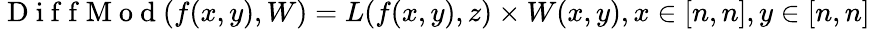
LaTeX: \mathrm{~D~i~f~f~M~o~d~}(f(x,y),W)=L(f(x,y),z)\times W(x,y),x\in[n,n],y\in[n,n]